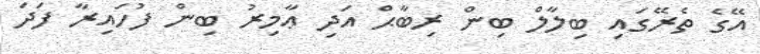
އޭގެ ތެރޭގައި ބިލާލް ބިން ރިބާޙް އަދި ޢާމިރު ބިން ފުހައިރާ ފަދަ